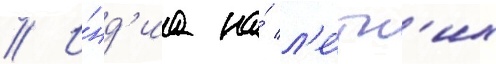
// И́нд'иа на́ л'е́тн'их